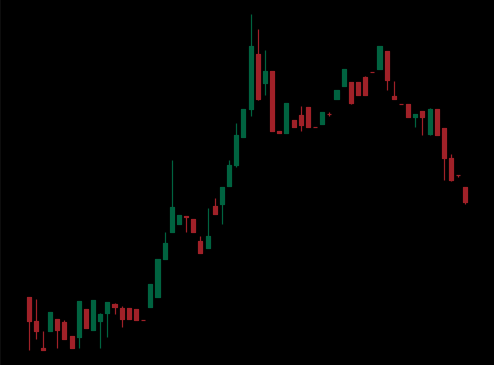
Pattern: bear_flag